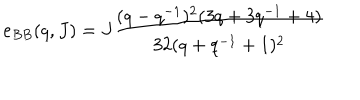
e _ { B B } ( q , J ) = J \frac { ( q - q ^ { - 1 } ) ^ { 2 } ( 3 q + 3 q ^ { - 1 } + 4 ) } { 3 2 ( q + q ^ { - 1 } + 1 ) ^ { 2 } }